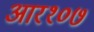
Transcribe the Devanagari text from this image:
आर१०७